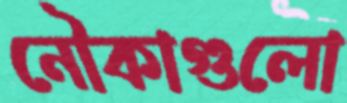
নৌকাগুলো